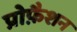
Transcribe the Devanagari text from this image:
प्रोफ़ैशन